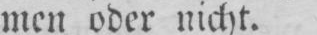
men oder nicht.